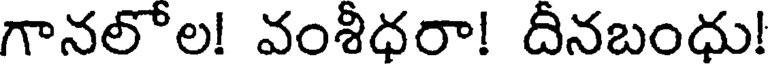
గానలోల! వంశిధరా! దినబంధు!